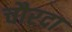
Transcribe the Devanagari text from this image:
चौरदा